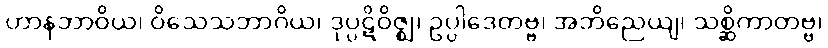
ဟာနဘာဝိယ၊ ဝိသေသဘာဂိယ၊ ဒုပ္ပဋိဝိဇ္ဈ၊ ဥပ္ပါဒေတဗ္ဗ၊ အဘိညေယျ၊ သစ္ဆိကာတဗ္ဗ၊